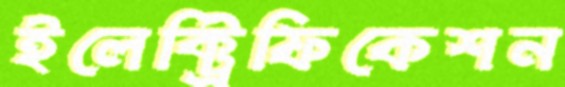
ইলেক্ট্রিফিকেশন